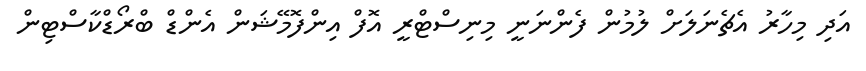
އަދި މިހާރު އެޗެނަލަށް ލުމުން ފެންނަނީ މިނިސްޓްރީ އޮފް އިންފޮމޭޝަން އެންޑް ބްރޯޑްކާސްޓިން